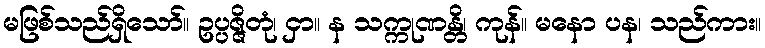
မဖြစ်သည်ရှိသော်။ ဥပ္ပဇ္ဇိတုံ၊ ငှာ။ န သက္ကုဏန္တိ၊ ကုန်။ မနော ပန၊ သည်ကား။